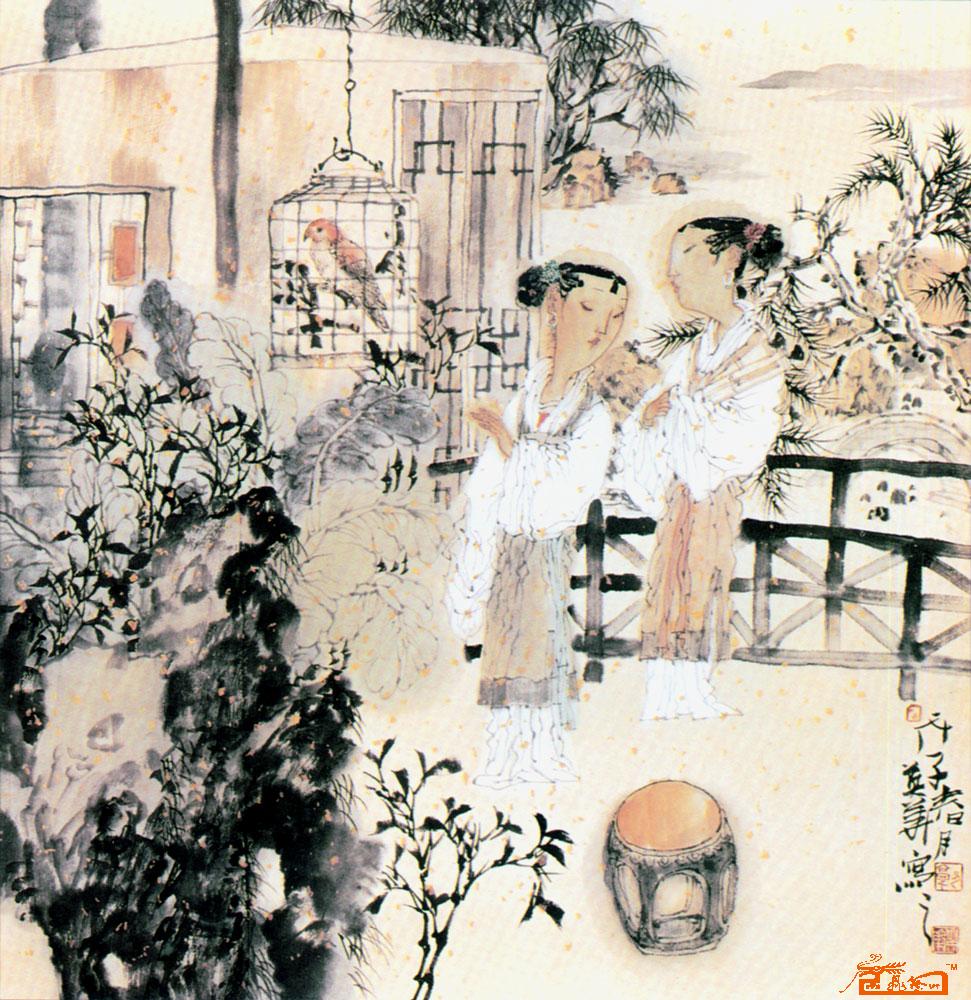
含情欲说宫中事，鹦鹉前头不敢言。